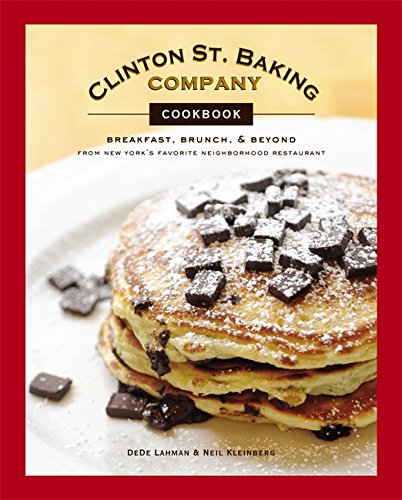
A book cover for Clinton St. Baking Company Cookbook: Breakfast, Brunch & Beyond from New York's Favorite Neighborhood Restaurant; DeDe Lahman; Cookbooks, Food & Wine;